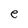
Character: e